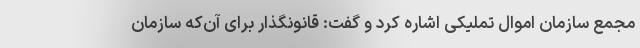
مجمع سازمان اموال تملیکی اشاره کرد و گفت: قانونگذار برای آن‌که سازمان